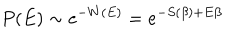
P ( E ) \sim e ^ { - W ( E ) } = e ^ { - S ( \beta ) + E \beta }